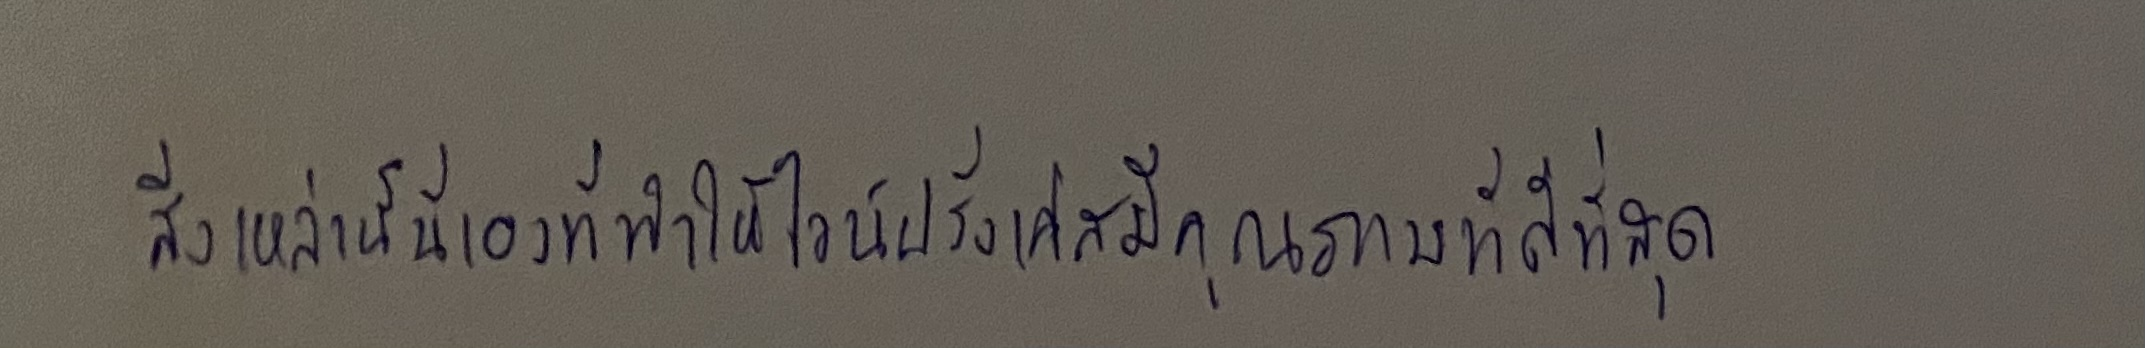
สิ่งเหล่านี้นี่เองที่ทำให้ไวน์ฝรั่งเศสมีคุณภาพที่ดีที่สุด